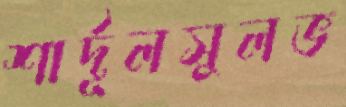
শার্দূলসুলভ